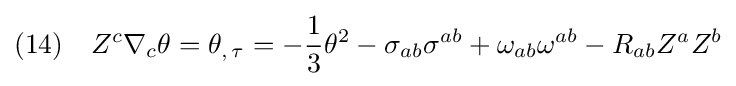
(14)\quad Z^{c}\nabla _{c}\theta =\theta _{,\,\tau }=-{\frac {1}{3}}\theta ^{2}-\sigma _{ab}\sigma ^{ab}+\omega _{ab}\omega ^{ab}-R_{ab}Z^{a}Z^{b}